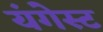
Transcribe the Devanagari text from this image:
यंगेस्ट